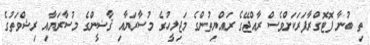
ތި ބުނާ ފޮޓޮގްރާފަރަކަށްވެސް ރާއްޖޭގެ ރައްޔިތުންގެ މަޖިލީހުގެ މުސާރަޔާއި ޤާޟީންގެ މުސާރަޔާއި ރިޝްވަތުގެ